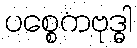
ပစ္စေကဗုဒ္ဓါ